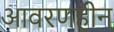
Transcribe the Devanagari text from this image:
आवरणहीन